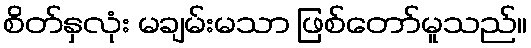
စိတ်နှလုံး မချမ်းမသာ ဖြစ်တော်မူသည်။